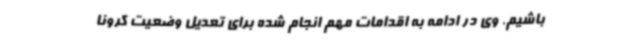
باشیم. وی در ادامه به اقدامات مهم انجام شده برای تعدیل وضعیت کرونا